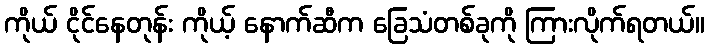
ကိုယ် ငိုင်နေတုန်း ကိုယ့် နောက်ဆီက ခြေသံတစ်ခုကို ကြားလိုက်ရတယ်။